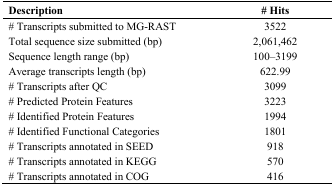
<table><thead><tr><td><b>Description</b></td><td><b># Hits</b></td></tr></thead><tbody><tr><td># Transcripts submitted to MG-RAST</td><td>3522</td></tr><tr><td>Total sequence size submitted (bp)</td><td>2,061,462</td></tr><tr><td>Sequence length range (bp)</td><td>100–3199</td></tr><tr><td>Average transcripts length (bp)</td><td>622.99</td></tr><tr><td># Transcripts after QC</td><td>3099</td></tr><tr><td># Predicted Protein Features </td><td>3223</td></tr><tr><td># Identified Protein Features</td><td>1994</td></tr><tr><td># Identified Functional Categories</td><td>1801</td></tr><tr><td># Transcripts annotated in SEED</td><td>918</td></tr><tr><td># Transcripts annotated in KEGG</td><td>570</td></tr><tr><td># Transcripts annotated in COG</td><td>416</td></tr></tbody></table>